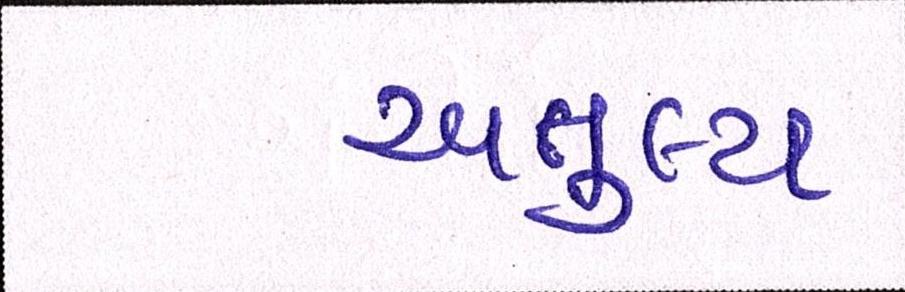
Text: અતુલ્ય